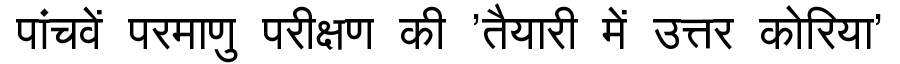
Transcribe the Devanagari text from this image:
पांचवें परमाणु परीक्षण की 'तैयारी में उत्तर कोरिया'